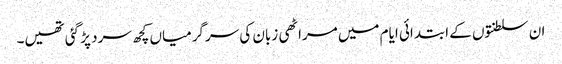
ان سلطنتوں کے ابتدائی ایام میں مراٹھی زبان کی سرگرمیاں کچھ سرد پڑ گئی تھیں۔